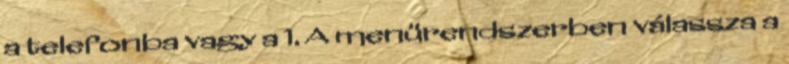
a telefonba vagy a 1. A menürendszerben válassza a